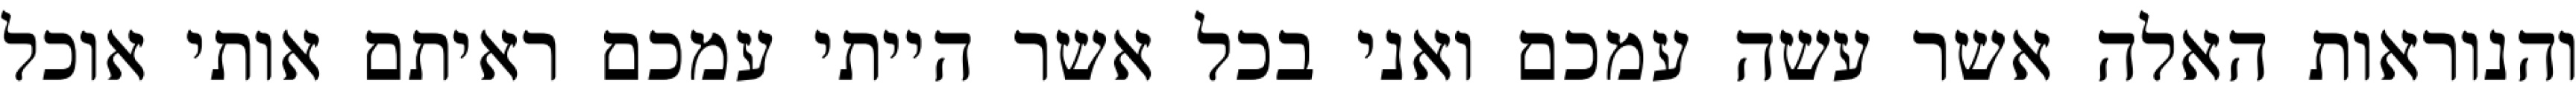
והנוראות האלה אשר עשה עמכם ואני בכל אשר הייתי עמכם ראיתם אותי אוכל